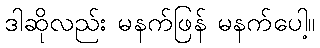
ဒါဆိုလည်း မနက်ဖြန် မနက်ပေါ့။